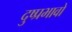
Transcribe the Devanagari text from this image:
दुष्प्रभावो